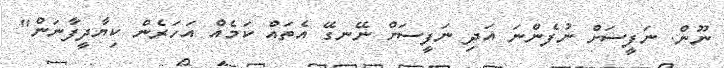
ނޫން. ނަފީސަށް ނުފެންނަ އަދި ނަފީސަށް ނޭނގޭ އެތައް ކަމެއް އަހަރެން ކިޔާދީފާނަން"